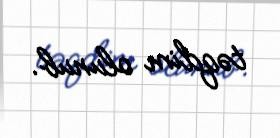
təqdim olunub.